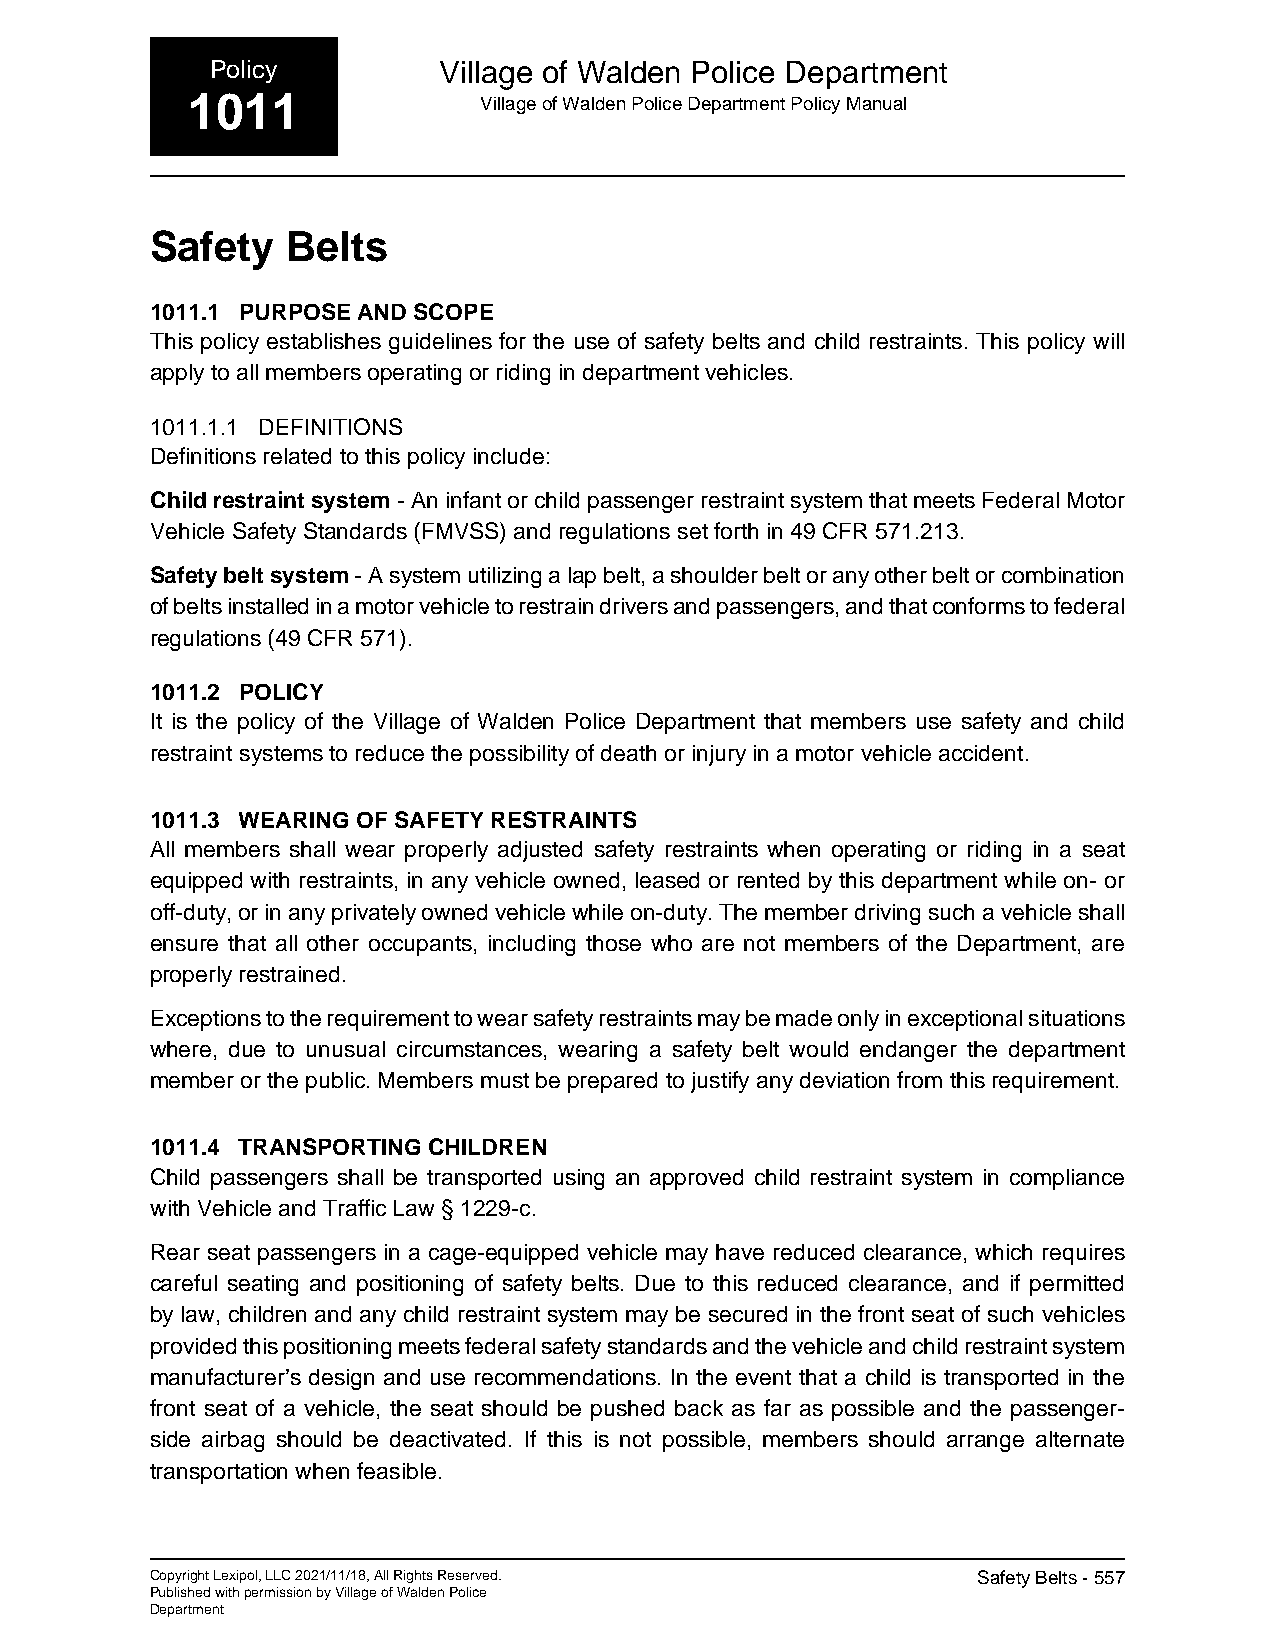
Policy         Village of Walden Police Department
 1011                Village of Walden Police Department Policy Manual
 Safety   Belts
 1011.1 PURPOSE AND SCOPE
 This policy establishes guidelines for the use of safety belts and child restraints. This policy will
 apply to all members operating or riding in department vehicles.
 1011.1.1 DEFINITIONS
 Definitions related to this policy include:
 Child restraint system - An infant or child passenger restraint system that meets Federal Motor
 Vehicle Safety Standards (FMVSS) and regulations set forth in 49 CFR 571.213.
 Safety belt system - A system utilizing a lap belt, a shoulder belt or any other belt or combination
 of belts installed in a motor vehicle to restrain drivers and passengers, and that conforms to federal
 regulations (49 CFR 571).
 1011.2 POLICY
 It is the policy of the Village of Walden Police Department that members use safety and child
 restraint systems to reduce the possibility of death or injury in a motor vehicle accident.
 1011.3 WEARING OF SAFETY RESTRAINTS
 All members shall wear properly adjusted safety restraints when operating or riding in a seat
 equipped with restraints, in any vehicle owned, leased or rented by this department while on- or
 off-duty, or in any privately owned vehicle while on-duty. The member driving such a vehicle shall
 ensure that all other occupants, including those who are not members of the Department, are
 properly restrained.
 Exceptions to the requirement to wear safety restraints may be made only in exceptional situations
 where, due to unusual circumstances, wearing a safety belt would endanger the department
 member or the public. Members must be prepared to justify any deviation from this requirement.
 1011.4 TRANSPORTING CHILDREN
 Child passengers shall be transported using an approved child restraint system in compliance
 with Vehicle and Traffic Law § 1229-c.
 Rear seat passengers in a cage-equipped vehicle may have reduced clearance, which requires
 careful seating and positioning of safety belts. Due to this reduced clearance, and if permitted
 by law, children and any child restraint system may be secured in the front seat of such vehicles
 provided this positioning meets federal safety standards and the vehicle and child restraint system
 manufacturer’s design and use recommendations. In the event that a child is transported in the
 front seat of a vehicle, the seat should be pushed back as far as possible and the passenger-
 side airbag should be deactivated. If this is not possible, members should arrange alternate
 transportation when feasible.
 Copyright Lexipol, LLC 2021/11/18, All Rights Reserved. Safety Belts - 557
 Published with permission by Village of Walden Police
 Department